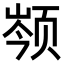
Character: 𬱣